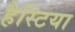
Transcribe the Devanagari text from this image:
हैस्टिया